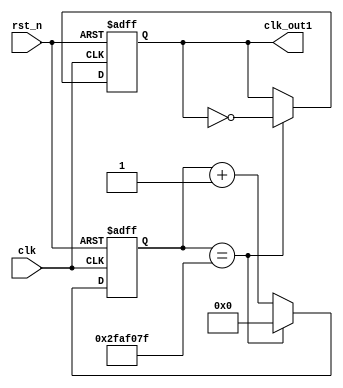
`timescale 1ns / 1ps
//////////////////////////////////////////////////////////////////////////////////
// Company: 
// Engineer: 
// 
// Design Name: 
// Module Name: fre_divider1
// Project Name: 
// Target Devices: 
// Tool Versions: 
// Description: 
// 
// Dependencies: 
// 
// Revision:
// Revision 0.01 - File Created
// Additional Comments:
// 
//////////////////////////////////////////////////////////////////////////////////


module fre_divider1(clk, rst_n, clk_out1);
input clk;
input rst_n;
output clk_out1;

reg clk_out1;
reg [25:0] counter;

always@(posedge clk or negedge rst_n)
    begin
        if(~rst_n) begin
            counter <= 26'd0;
            clk_out1 <= 1'b0;
        end
        else begin 
            counter <= counter + 26'd1;
            if(counter == 26'd50000000 - 26'd1) begin
                clk_out1 <= ~clk_out1;
                counter <= 26'd0;
            end
        end
    end
    
endmodule